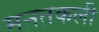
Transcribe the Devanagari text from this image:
मनतकली